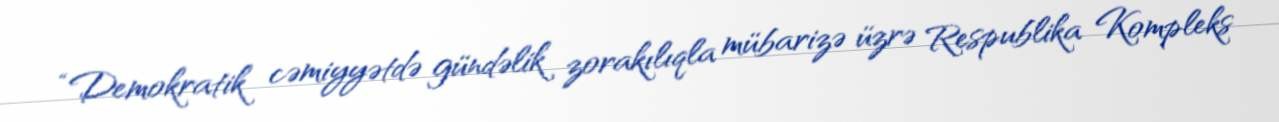
“Demokratik cəmiyyətdə gündəlik zorakılıqla mübarizə üzrə Respublika Kompleks